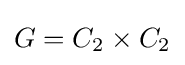
G=C_{2}\times C_{2}